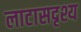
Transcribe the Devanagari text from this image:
लाटासदृश्य